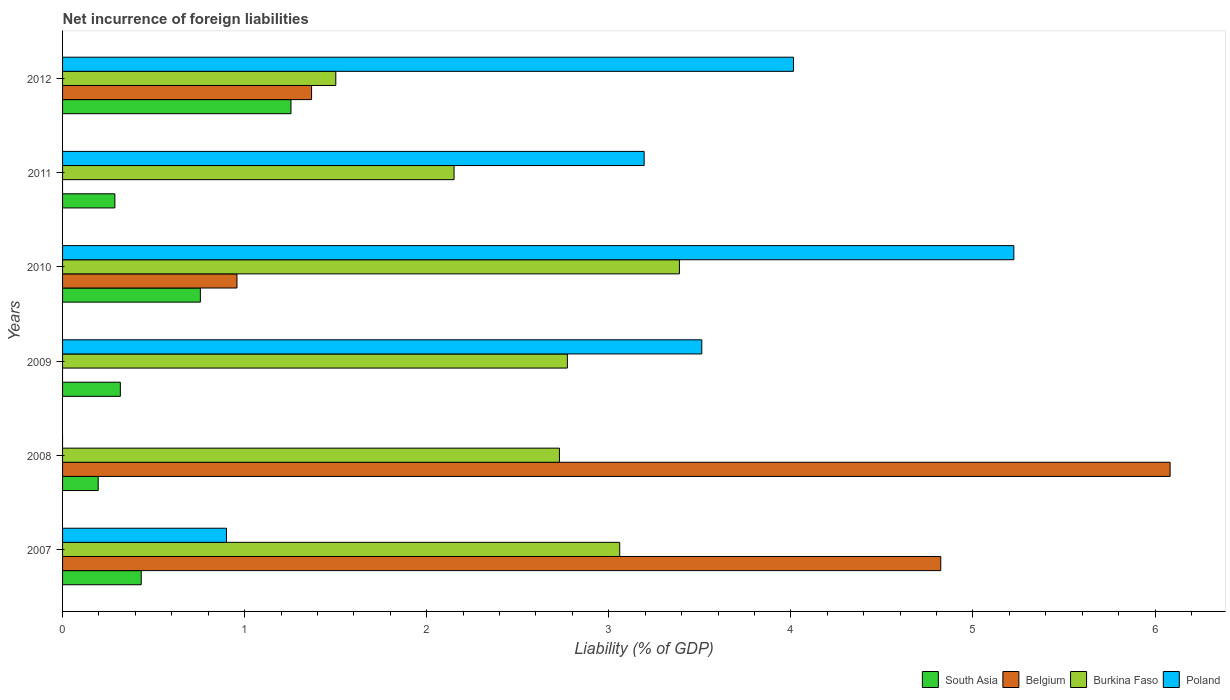
| Years | South Asia | Belgium | Burkina Faso | Poland |
 | --- | --- | --- | --- | --- |
 | 2007 | 0.432 | 4.82 | 3.06 | 0.9 |
 | 2008 | 0.196 | 6.08 | 2.73 | -0.892 |
 | 2009 | 0.317 | -0.243 | 2.77 | 3.51 |
 | 2010 | 0.757 | 0.958 | 3.39 | 5.22 |
 | 2011 | 0.287 | -4.67 | 2.15 | 3.19 |
 | 2012 | 1.25 | 1.37 | 1.5 | 4.01 |